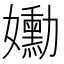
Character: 𡤂